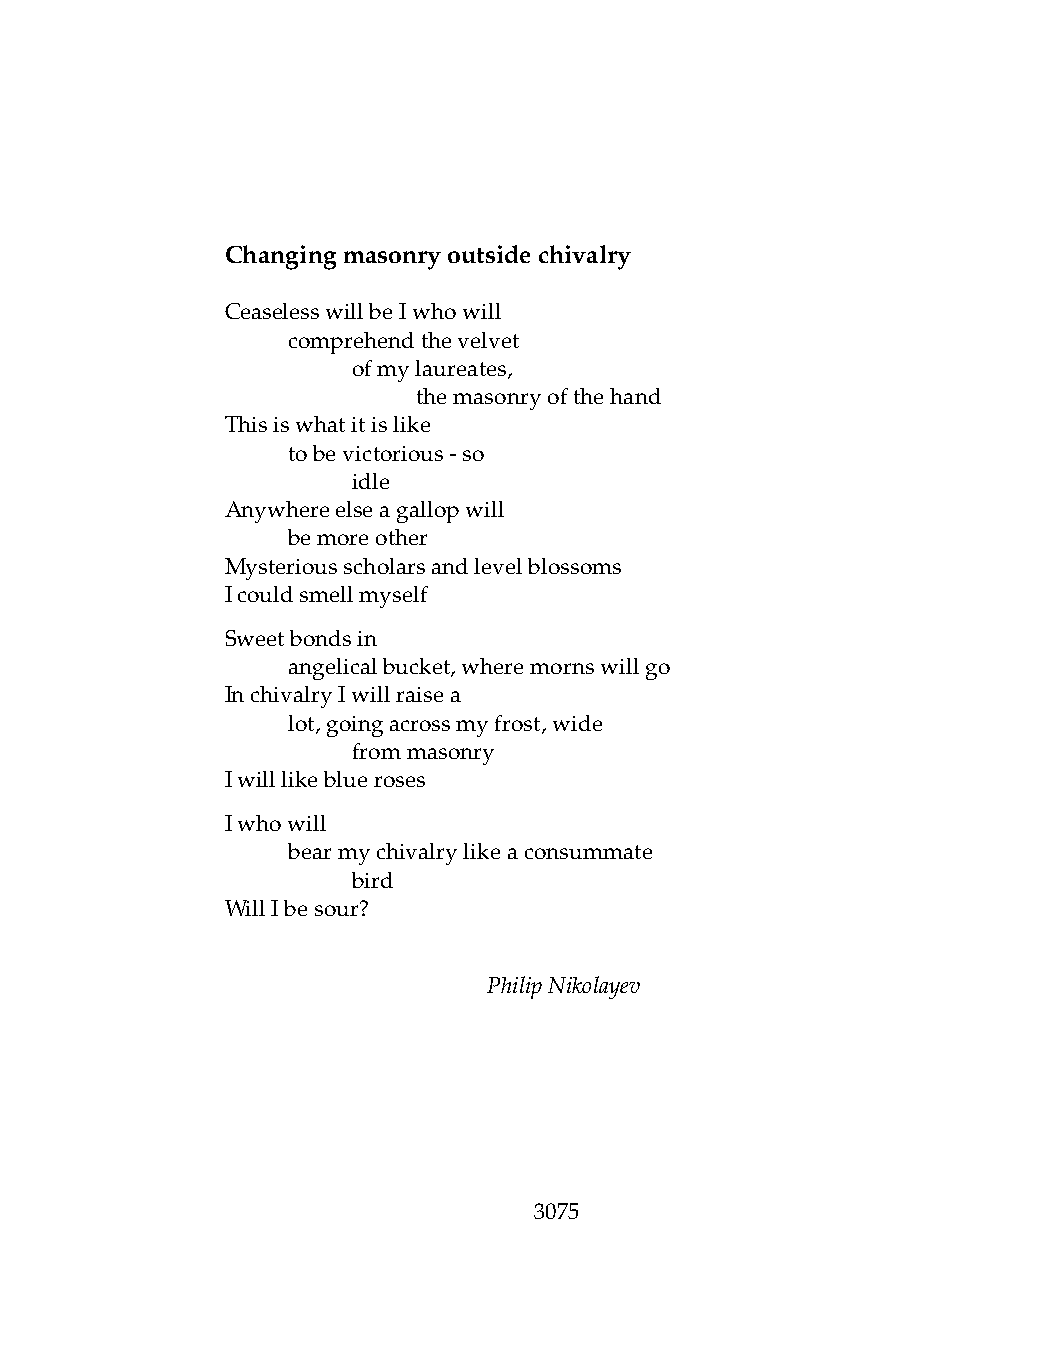
Changingmasonryoutsidechivalry
 CeaselesswillbeIwhowill
 .   comprehendthevelvet
 .   .   ofmylaureates,
 .   .   .    themasonryofthehand
 Thisiswhatitislike
 .   tobevictorious-so
 .   .   idle
 Anywhereelseagallopwill
 .   bemoreother
 Mysteriousscholarsandlevelblossoms
 Icouldsmellmyself
 Sweetbondsin
 .   angelicalbucket,wheremornswillgo
 InchivalryIwillraisea
 .   lot,goingacrossmyfrost,wide
 .   .   frommasonry
 Iwilllikeblueroses
 Iwhowill
 .   bearmychivalrylikeaconsummate
 .   .   bird
 WillIbesour?
 PhilipNikolayev
 3075